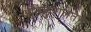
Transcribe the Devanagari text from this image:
अतिकुशलतेने